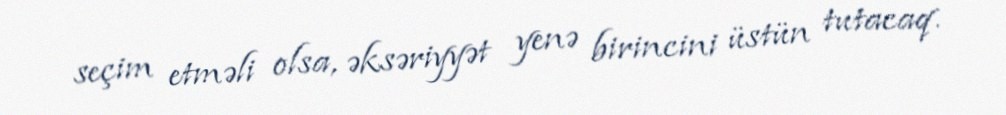
seçim etməli olsa, əksəriyyət yenə birincini üstün tutacaq.